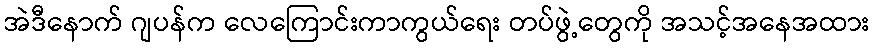
အဲဒီနောက် ဂျပန်က လေကြောင်းကာကွယ်ရေး တပ်ဖွဲ့တွေကို အသင့်အနေအထား